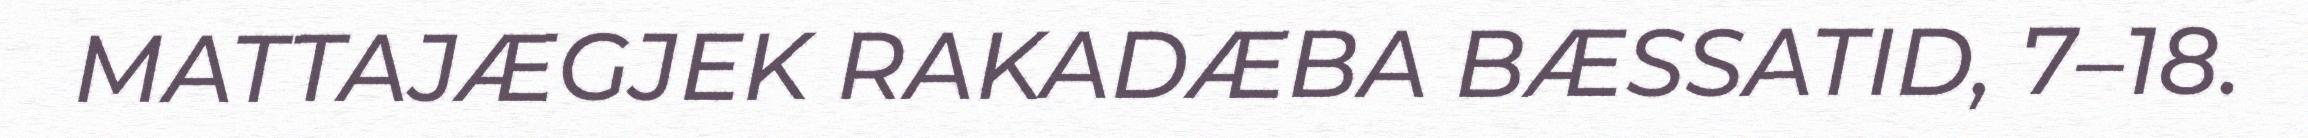
MATTAJÆGJEK RAKADÆBA BÆSSATID, 7–18.